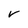
Character: V